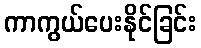
ကာကွယ်ပေးနိုင်ခြင်း